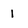
Character: 1